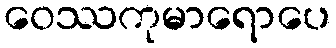
ဝေဿကုမာရောပေ